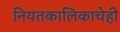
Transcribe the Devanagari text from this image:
नियतकालिकाचेही